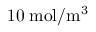
1 0 \; \mathrm { m o l } / \mathrm { m } ^ { 3 }